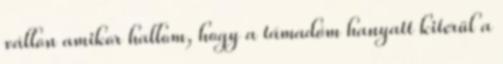
vállon amikor hallom, hogy a támadóm hanyatt kiterül a